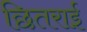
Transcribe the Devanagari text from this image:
छितराई